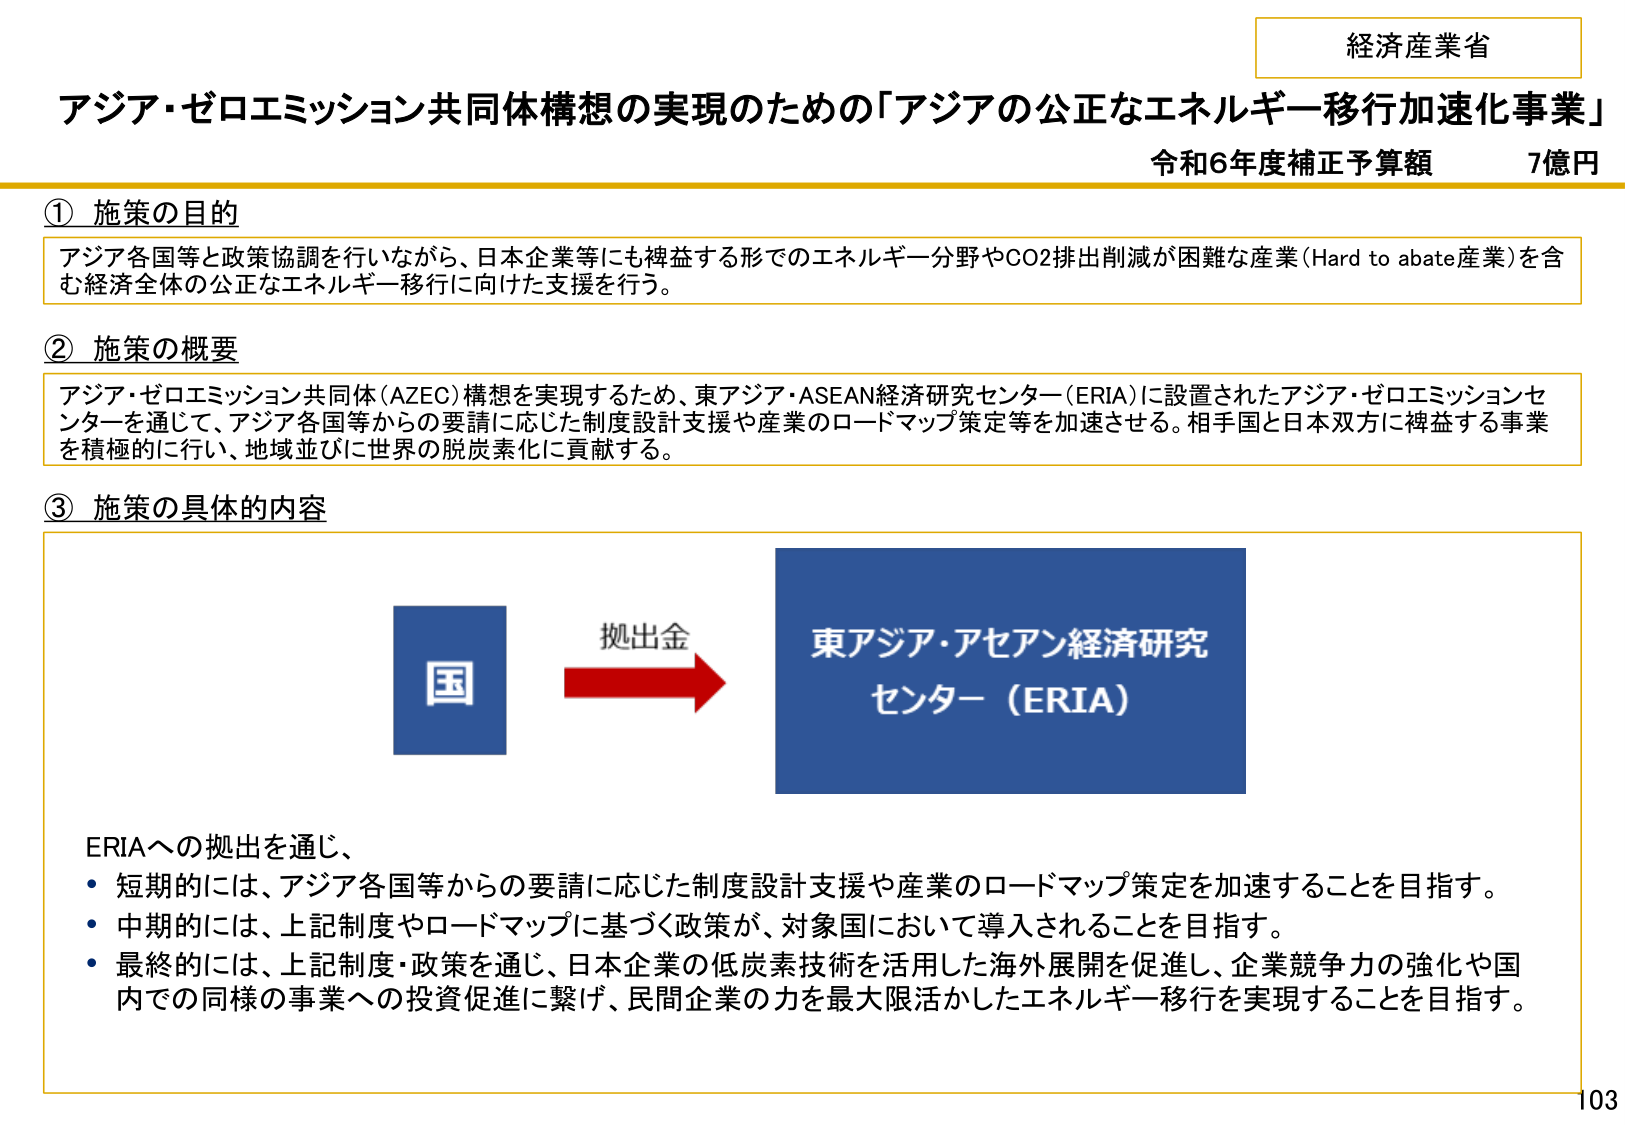
経済産業省
アジア・ゼロエミッション共同体構想の実現のための「アジアの公正なエネルギー移行加速化事業」
令和6年度補正予算額　7億円

① 施策の目的
アジア各国等と政策協調を行いながら、日本企業等にも裨益する形でのエネルギー分野やCO2排出削減が困難な産業（Hard to abate産業）を含む経済全体の公正なエネルギー移行に向けた支援を行う。

② 施策の概要
アジア・ゼロエミッション共同体（AZEC）構想を実現するため、東アジア・ASEAN経済研究センター（ERIA）に設置されたアジア・ゼロエミッションセンターを通じて、アジア各国等からの要請に応じた制度設計支援や産業のロードマップ策定等を加速させる。相手国と日本双方に裨益する事業を積極的に行い、地域並びに世界の脱炭素化に貢献する。

③ 施策の具体的な内容
国　→　拠出金　→　東アジア・アセアン経済研究センター（ERIA）

ERIAへの拠出を通じ、
・短期的には、アジア各国等からの要請に応じた制度設計支援や産業のロードマップ策定を加速することを目指す。
・中期的には、上記制度やロードマップに基づく政策が、対象国において導入されることを目指す。
・最終的には、上記制度・政策を通じ、日本企業の低炭素技術を活用した海外展開を促進し、企業競争力の強化や国内での同様の事業への投資促進に繋げ、民間企業の力を最大限活かしたエネルギー移行を実現することを目指す。

103